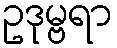
ဥဒုမ္ဗရာ